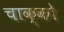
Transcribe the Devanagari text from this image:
चाक्को